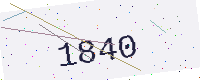
Text: 1840